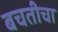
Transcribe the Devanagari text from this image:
बचतीचा